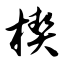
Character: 楔